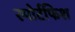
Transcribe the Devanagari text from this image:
स्पोर्टफिश